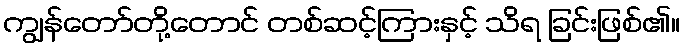
ကျွန်တော်တို့တောင် တစ်ဆင့်ကြားနှင့် သိရ ခြင်းဖြစ်၏။